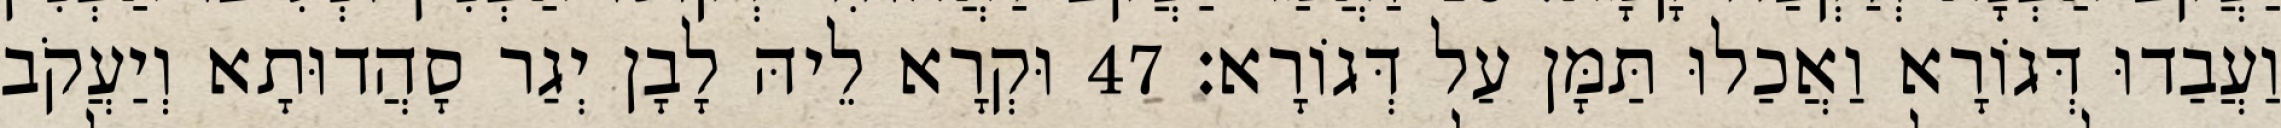
וַעֲבַדוּ דְּגוֹרָא וַאֲכַלוּ תַּמָּן עַל דְּגוֹרָא׃ 47 וּקְרָא לֵיהּ לָבָן יְגַר סָהֲדוּתָא וְיַעֲקֹב